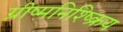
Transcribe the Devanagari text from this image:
ग्रीष्मनिश्ष्क्रिय